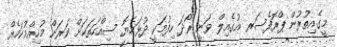
މީގެއިތުރުން ޕްރޮފެސަރ އުގެއިލް ވަނީ ރޯދަ ހިފުމަކީ ދުޅަހެޔޮ ސިއްހަތަކަށް ވަރަށް މުހިއްމުކަމެއް